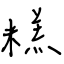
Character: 糕